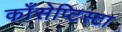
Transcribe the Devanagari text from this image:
काँसेप्टिस्टा